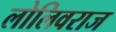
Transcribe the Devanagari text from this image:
लोलिवराज